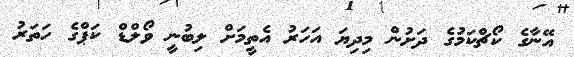
އޭނާގެ ކޯޗްކަމުގެ ދަށުން މިދިޔަ އަހަރު އެތީމަށް ލިބުނީ ވޯލްޑް ކަޕްގެ ހަތަރު